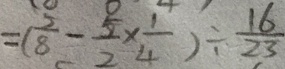
= ( \frac { 5 } { 8 } - \frac { 5 } { 2 } \times \frac { 1 } { 4 } ) \div \frac { 1 6 } { 2 3 }